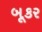
બૂકર